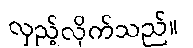
လှည့်လိုက်သည်။